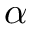
\alpha